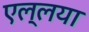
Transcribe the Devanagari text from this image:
एल्लया